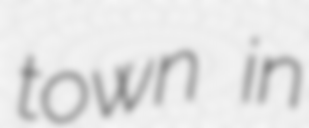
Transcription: town in